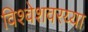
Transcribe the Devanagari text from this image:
विश्वेशवरय्या